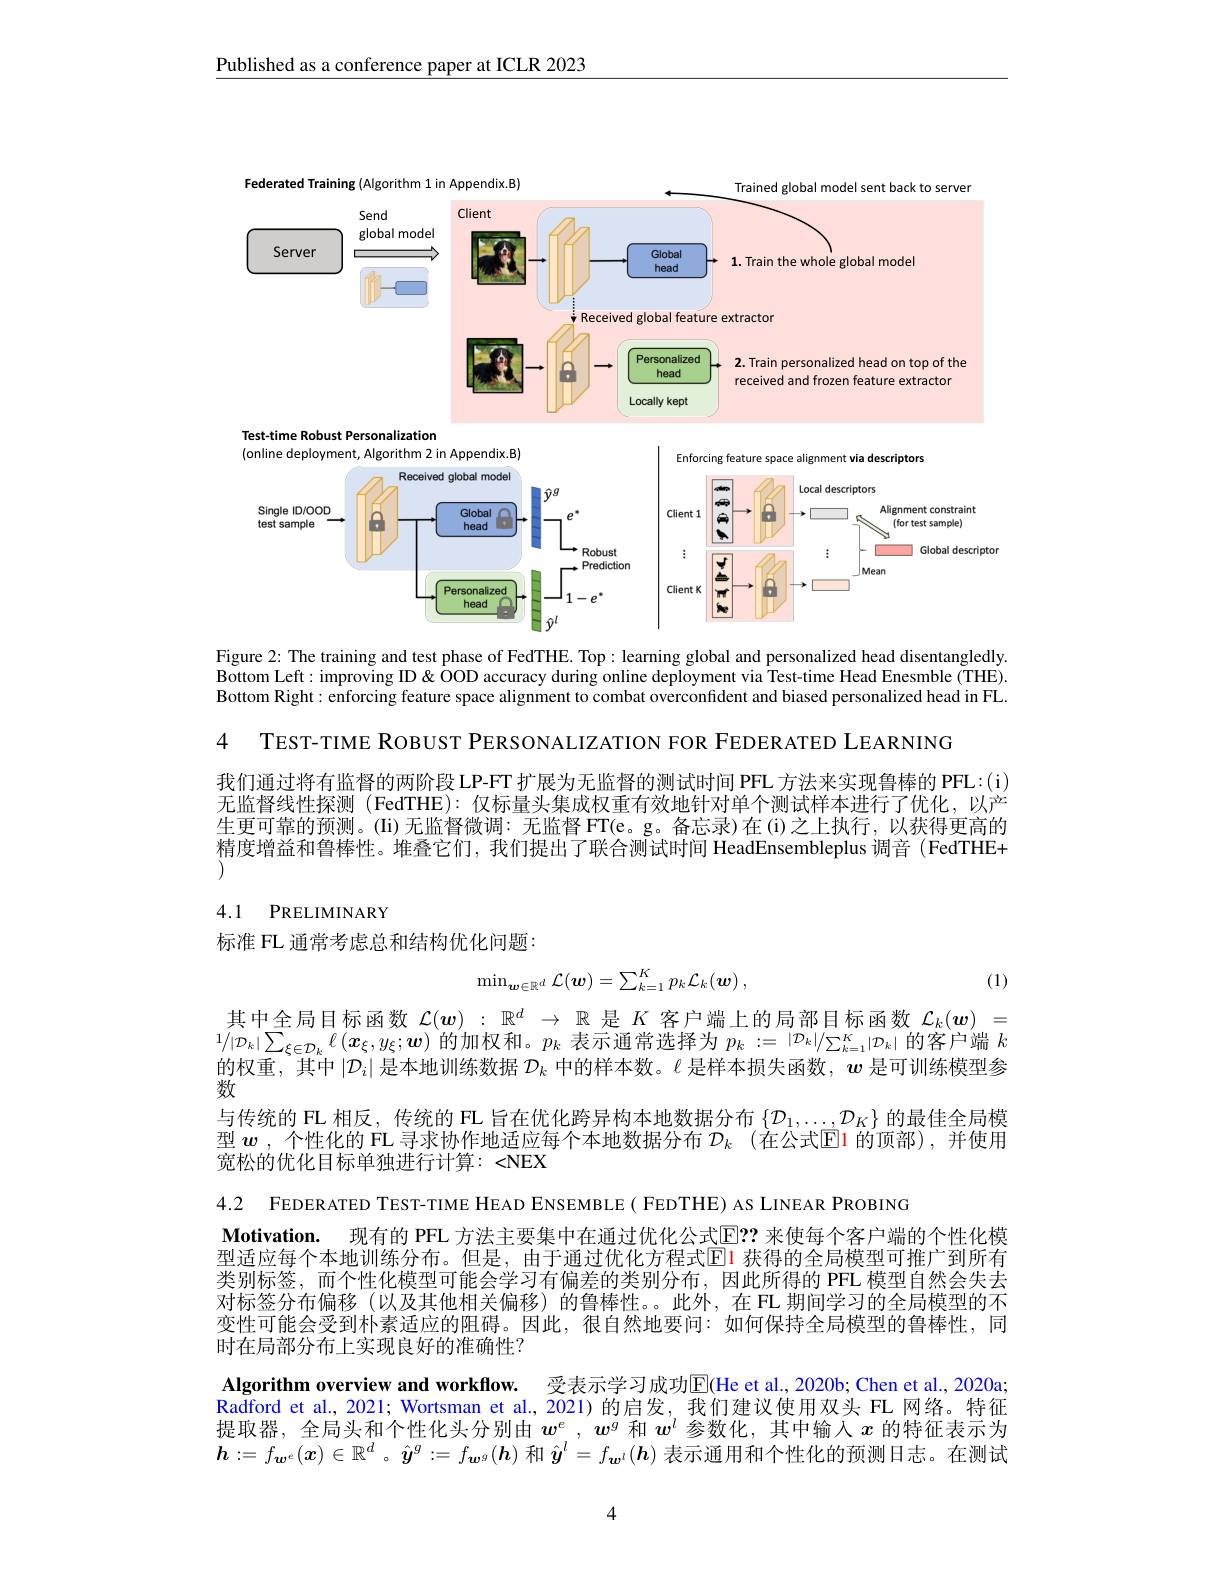
Published as a conference paper at ICLR 2023

<FigureHere>
Figure 2: The training and test phase of FedTHE. Top: learning global and personalized head disentangledly.

Bottom Left: improving ID & OOD accuracy during online deployment via Test-time Head Enesmble (THE). Bottom Right: enforcing feature space alignment to combat overconfident and biased personalized head in FL.

4 TEST-TIME ROBUST PERSONALIZATION FOR FEDERATED LEARNING

我们通过将有监督的两阶段 LP-FT 扩展为无监督的测试时间 PFL 方法来实现鲁棒的 PFL:(i) 无监督线性探测 (FedTHE): 仅标量头集成权重有效地针对单个测试样本进行了优化，以产生更可靠的预测。(Ii)无监督微调：无监督 FT(e。g。备忘录)在(i)之上执行，以获得更高的精度增益和鲁棒性。堆叠它们，我们提出了联合测试时间 HeadEnsembleplus 调音(FedTHE+

## 4.1 PRELIMINARY

标准 FL 通常考虑总和结构优化问题：
$$\min_{\boldsymbol{w}\in\mathbb{R}^d}\mathcal{L}(\boldsymbol{w})=\sum_{k=1}^Kp_k\mathcal{L}_k(\boldsymbol{w})\:,$$
(1)

其中全局目标函数$\mathcal{L}(\boldsymbol{w}):\mathbb{R}^d\to\mathbb{R}$是$K$客户端上的局部目标函数$\mathcal{L}_k(\boldsymbol{w})=$ $1/|\mathcal{D}_k|\sum_{\xi\in\mathcal{D}_k}\ell\left(\boldsymbol{x}_\xi,y_\xi;\boldsymbol{w}\right)$的加权和。$p_k$表示通常选择为$p_k:=|\mathcal{D}_k|/\sum_{k=1}^K|\mathcal{D}_k|$的客户端$k$ 的权重，其中$|\mathcal{D}_i|$是本地训练数据$\mathcal{D}_k$中的样本数。$\ell$是样本损失函数，$\boldsymbol{w}$是可训练模型参数
与传统的 FL 相反，传统的 FL 旨在优化跨异构本地数据分布$\{\mathcal{D}_1,\ldots,\mathcal{D}_K\}$的最佳全局模型 $\boldsymbol{w}$ ,个性化的 FL 寻求协作地适应每个本地数据分布 $\mathcal{D}_k$ (在公式$\mathsf{E}$1 的顶部),并使用宽松的优化目标单独进行计算：<NEX

4.2 FEDERATED TEST-TIME HEAD ENSEMBLE( FEDTHE) AS LINEAR PROBING
Motivation. 现有的 PFL 方法主要集中在通过优化公式$\mathbb{E}??$ 来使每个客户端的个性化模型适应每个本地训练分布。但是，由于通过优化方程式$\color{red}{\mathrm{E}}\color{blue}{\mathrm{E}}$1 获得的全局模型可推广到所有类别标签，而个性化模型可能会学习有偏差的类别分布，因此所得的 PFL 模型自然会失去对标签分布偏移(以及其他相关偏移)的鲁棒性。。此外，在 FL 期间学习的全局模型的不变性可能会受到朴素适应的阻碍。因此，很自然地要问：如何保持全局模型的鲁棒性，同时在局部分布上实现良好的准确性？
Algorithm overview and workflow. 受表示学习成功$\overline{\mathrm{E}}$(He et al.,2020b; Chen et al., 2020a Radford et al., 2021; Wortsman et al., 2021) 的启发，我们建议使用双头 FL 网络。特征提取器，全局头和个性化头分别由$w^e,w^g$和$w^l$参数化，其中输入$x$的特征表示为$\boldsymbol{h}:=f_{\boldsymbol{w}^e}(\boldsymbol{x})\in\mathbb{R}^d$ 。$\hat{\boldsymbol{y}}^g:=f_{\boldsymbol{w}^g}(\boldsymbol{h})$和$\hat{\boldsymbol{y}}^l=f_{\boldsymbol{w}^l}(\boldsymbol{h})$表示通用和个性化的预测日志。在测试

4